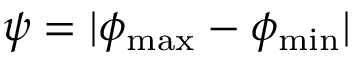
\psi = | \phi _ { \mathrm { m a x } } - \phi _ { \mathrm { m i n } } |